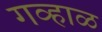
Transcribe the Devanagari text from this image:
गव्हाळ